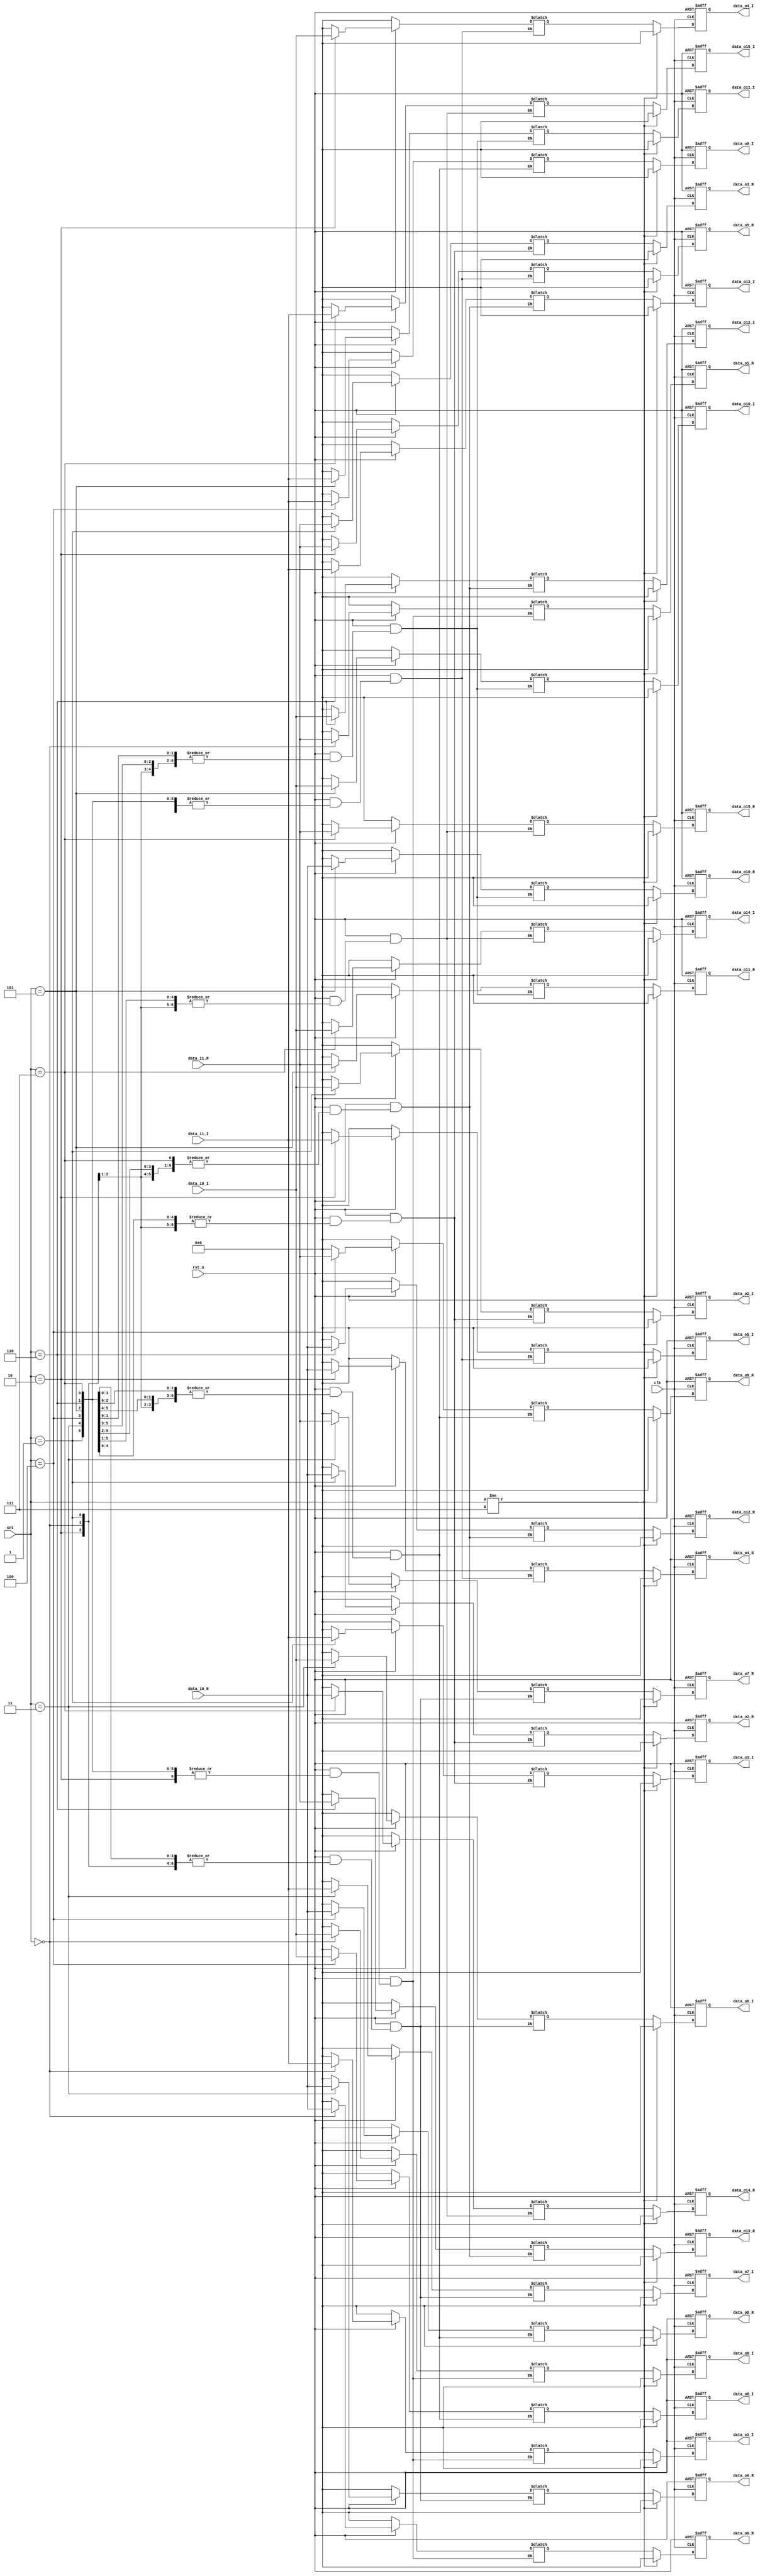
/*
*/

module ser2par(
	input wire			clk,
	input wire			rst_n,
	input wire[3:0]		cnt,
	input wire[16:0]	data_i0_R,
	input wire[16:0]	data_i0_I,
	input wire[16:0]	data_i1_R,
	input wire[16:0]	data_i1_I,
	
	output reg[16:0]	data_o0_R,
	output reg[16:0]	data_o0_I,
	output reg[16:0]	data_o1_R,
	output reg[16:0]	data_o1_I,
	output reg[16:0]	data_o2_R,
	output reg[16:0]	data_o2_I,
	output reg[16:0]	data_o3_R,
	output reg[16:0]	data_o3_I,
	output reg[16:0]	data_o4_R,
	output reg[16:0]	data_o4_I,
	output reg[16:0]	data_o5_R,
	output reg[16:0]	data_o5_I,
	output reg[16:0]	data_o6_R,
	output reg[16:0]	data_o6_I,
	output reg[16:0]	data_o7_R,
	output reg[16:0]	data_o7_I,
	output reg[16:0]	data_o8_R,
	output reg[16:0]	data_o8_I,
	output reg[16:0]	data_o9_R,
	output reg[16:0]	data_o9_I,
	output reg[16:0]	data_o10_R,
	output reg[16:0]	data_o10_I,
	output reg[16:0]	data_o11_R,
	output reg[16:0]	data_o11_I,
	output reg[16:0]	data_o12_R,
	output reg[16:0]	data_o12_I,
	output reg[16:0]	data_o13_R,
	output reg[16:0]	data_o13_I,
	output reg[16:0]	data_o14_R,
	output reg[16:0]	data_o14_I,
	output reg[16:0]	data_o15_R,
	output reg[16:0]	data_o15_I
);

	reg[16:0]  data[0:31];
	
	always@(cnt)
	begin
		if(!rst_n) begin
			data[0] = 17'b0;
			data[1] = 17'b0;
			data[2] = 17'b0;
			data[3] = 17'b0;
			data[4] = 17'b0;
			data[5] = 17'b0;
			data[6] = 17'b0;
			data[7] = 17'b0;
			data[8] = 17'b0;
			data[9] = 17'b0;
			data[10] = 17'b0;
			data[11] = 17'b0;
			data[12] = 17'b0;
			data[13] = 17'b0;
			data[14] = 17'b0;
			data[15] = 17'b0;
			data[16] = 17'b0;
			data[17] = 17'b0;
			data[18] = 17'b0;
			data[19] = 17'b0;
			data[20] = 17'b0;
			data[21] = 17'b0;
			data[22] = 17'b0;
			data[23] = 17'b0;
			data[24] = 17'b0;
			data[25] = 17'b0;
			data[26] = 17'b0;
			data[27] = 17'b0;
			data[28] = 17'b0;
			data[29] = 17'b0;
			data[30] = 17'b0;
			data[31] = 17'b0;
		end
		else begin
			case(cnt)
			4'b0:
			begin
				data[0] = data_i0_R;
				data[1] = data_i0_I;
				data[2] = data_i1_R;
				data[3] = data_i1_I;
				data[4] = data[4];
				data[5] = data[5];
				data[6] = data[6];
				data[7] = data[7];
				data[8] = data[8];
				data[9] = data[9];
				data[10] = data[10];
				data[11] = data[11];
				data[12] = data[12];
				data[13] = data[13];
				data[14] = data[14];
				data[15] = data[15];
				data[16] = data[16];
				data[17] = data[17];
				data[18] = data[18];
				data[19] = data[19];
				data[20] = data[20];
				data[21] = data[21];
				data[22] = data[22];
				data[23] = data[23];
				data[24] = data[24];
				data[25] = data[25];
				data[26] = data[26];
				data[27] = data[27];
				data[28] = data[28];
				data[29] = data[29];
				data[30] = data[30];
				data[31] = data[31];
			end
			4'b0001:
			begin
				data[0] = data[0];
				data[1] = data[1];
				data[2] = data[2];
				data[3] = data[3];
				data[4] = data_i0_R;
				data[5] = data_i0_I;
				data[6] = data_i1_R;
				data[7] = data_i1_I;
				data[8] = data[8];
				data[9] = data[9];
				data[10] = data[10];
				data[11] = data[11];
				data[12] = data[12];
				data[13] = data[13];
				data[14] = data[14];
				data[15] = data[15];
				data[16] = data[16];
				data[17] = data[17];
				data[18] = data[18];
				data[19] = data[19];
				data[20] = data[20];
				data[21] = data[21];
				data[22] = data[22];
				data[23] = data[23];
				data[24] = data[24];
				data[25] = data[25];
				data[26] = data[26];
				data[27] = data[27];
				data[28] = data[28];
				data[29] = data[29];
				data[30] = data[30];
				data[31] = data[31];
			end
			4'b0010:
			begin
				data[0] = data[0];
				data[1] = data[1];
				data[2] = data[2];
				data[3] = data[3];
				data[4] = data[4];
				data[5] = data[5];
				data[6] = data[6];
				data[7] = data[7];
				data[8] = data_i0_R;			
				data[9] = data_i0_I;
				data[10] = data_i1_R;
				data[11] = data_i1_I;
				data[12] = data[12];
				data[13] = data[13];
				data[14] = data[14];
				data[15] = data[15];
				data[16] = data[16];
				data[17] = data[17];
				data[18] = data[18];
				data[19] = data[19];
				data[20] = data[20];
				data[21] = data[21];
				data[22] = data[22];
				data[23] = data[23];
				data[24] = data[24];
				data[25] = data[25];
				data[26] = data[26];
				data[27] = data[27];
				data[28] = data[28];
				data[29] = data[29];
				data[30] = data[30];
				data[31] = data[31];
			end
			4'b0011:
			begin
				data[0] = data[0];
				data[1] = data[1];
				data[2] = data[2];
				data[3] = data[3];
				data[4] = data[4];
				data[5] = data[5];
				data[6] = data[6];
				data[7] = data[7];
				data[8] = data[8];
				data[9] = data[9];
				data[10] = data[10];
				data[11] = data[11];
				data[12] = data_i0_R;			
				data[13] = data_i0_I;
				data[14] = data_i1_R;
				data[15] = data_i1_I;
				data[16] = data[16];
				data[17] = data[17];
				data[18] = data[18];
				data[19] = data[19];
				data[20] = data[20];
				data[21] = data[21];
				data[22] = data[22];
				data[23] = data[23];
				data[24] = data[24];
				data[25] = data[25];
				data[26] = data[26];
				data[27] = data[27];
				data[28] = data[28];
				data[29] = data[29];
				data[30] = data[30];
				data[31] = data[31];
			end
			4'b0100:
			begin
				data[0] = data[0];
				data[1] = data[1];
				data[2] = data[2];
				data[3] = data[3];
				data[4] = data[4];
				data[5] = data[5];
				data[6] = data[6];
				data[7] = data[7];
				data[8] = data[8];
				data[9] = data[9];
				data[10] = data[10];
				data[11] = data[11];
				data[12] = data[12];
				data[13] = data[13];
				data[14] = data[14];
				data[15] = data[15];
				data[16] = data_i0_R;
				data[17] = data_i0_I;
				data[18] = data_i1_R;
				data[19] = data_i1_I;
				data[20] = data[20];
				data[21] = data[21];
				data[22] = data[22];
				data[23] = data[23];
				data[24] = data[24];
				data[25] = data[25];
				data[26] = data[26];
				data[27] = data[27];
				data[28] = data[28];
				data[29] = data[29];
				data[30] = data[30];
				data[31] = data[31];
			end
			4'b0101:
			begin
				data[0] = data[0];
				data[1] = data[1];
				data[2] = data[2];
				data[3] = data[3];
				data[4] = data[4];
				data[5] = data[5];
				data[6] = data[6];
				data[7] = data[7];
				data[8] = data[8];
				data[9] = data[9];
				data[10] = data[10];
				data[11] = data[11];
				data[12] = data[12];
				data[13] = data[13];
				data[14] = data[14];
				data[15] = data[15];
				data[16] = data[16];
				data[17] = data[17];
				data[18] = data[18];
				data[19] = data[19];
				data[20] = data_i0_R;
				data[21] = data_i0_I;
				data[22] = data_i1_R;
				data[23] = data_i1_I;
				data[24] = data[24];
				data[25] = data[25];
				data[26] = data[26];
				data[27] = data[27];
				data[28] = data[28];
				data[29] = data[29];
				data[30] = data[30];
				data[31] = data[31];
			end
			4'b0110:
			begin
				data[0] = data[0];
				data[1] = data[1];
				data[2] = data[2];
				data[3] = data[3];
				data[4] = data[4];
				data[5] = data[5];
				data[6] = data[6];
				data[7] = data[7];
				data[8] = data[8];
				data[9] = data[9];
				data[10] = data[10];
				data[11] = data[11];
				data[12] = data[12];
				data[13] = data[13];
				data[14] = data[14];
				data[15] = data[15];
				data[16] = data[16];
				data[17] = data[17];
				data[18] = data[18];
				data[19] = data[19];
				data[20] = data[20];
				data[21] = data[21];
				data[22] = data[22];
				data[23] = data[23];
				data[24] = data_i0_R;
				data[25] = data_i0_I;
				data[26] = data_i1_R;
				data[27] = data_i1_I;	
				data[28] = data[28];
				data[29] = data[29];
				data[30] = data[30];
				data[31] = data[31];		
			end
			4'b0111:
			begin
				data[0] = data[0];
				data[1] = data[1];
				data[2] = data[2];
				data[3] = data[3];
				data[4] = data[4];
				data[5] = data[5];
				data[6] = data[6];
				data[7] = data[7];
				data[8] = data[8];
				data[9] = data[9];
				data[10] = data[10];
				data[11] = data[11];
				data[12] = data[12];
				data[13] = data[13];
				data[14] = data[14];
				data[15] = data[15];
				data[16] = data[16];
				data[17] = data[17];
				data[18] = data[18];
				data[19] = data[19];
				data[20] = data[20];
				data[21] = data[21];
				data[22] = data[22];
				data[23] = data[23];
				data[24] = data[24];
				data[25] = data[25];
				data[26] = data[26];
				data[27] = data[27];
				data[28] = data_i0_R;
				data[29] = data_i0_I;
				data[30] = data_i1_R;
				data[31] = data_i1_I;			
			end
			default:
			begin
				data[0] = 17'b0;
				data[1] = 17'b0;
				data[2] = 17'b0;
				data[3] = 17'b0;
				data[4] = 17'b0;
				data[5] = 17'b0;
				data[6] = 17'b0;
				data[7] = 17'b0;
				data[8] = 17'b0;
				data[9] = 17'b0;
				data[10] = 17'b0;
				data[11] = 17'b0;
				data[12] = 17'b0;
				data[13] = 17'b0;
				data[14] = 17'b0;
				data[15] = 17'b0;
				data[16] = 17'b0;
				data[17] = 17'b0;
				data[18] = 17'b0;
				data[19] = 17'b0;
				data[20] = 17'b0;
				data[21] = 17'b0;
				data[22] = 17'b0;
				data[23] = 17'b0;
				data[24] = 17'b0;
				data[25] = 17'b0;
				data[26] = 17'b0;
				data[27] = 17'b0;
				data[28] = 17'b0;
				data[29] = 17'b0;
				data[30] = 17'b0;
				data[31] = 17'b0;
			end
			endcase
		end
	end
	
	/*always@(posedge clk or negedge rst_n)
	begin
		if(!rst_n) begin
			data[0] <= 17'b0;
			data[1] <= 17'b0;
			data[2] <= 17'b0;
			data[3] <= 17'b0;
			data[4] <= 17'b0;
			data[5] <= 17'b0;
			data[6] <= 17'b0;
			data[7] <= 17'b0;
			data[8] <= 17'b0;
			data[9] <= 17'b0;
			data[10] <= 17'b0;
			data[11] <= 17'b0;
			data[12] <= 17'b0;
			data[13] <= 17'b0;
			data[14] <= 17'b0;
			data[15] <= 17'b0;
			data[16] <= 17'b0;
			data[17] <= 17'b0;
			data[18] <= 17'b0;
			data[19] <= 17'b0;
			data[20] <= 17'b0;
			data[21] <= 17'b0;
			data[22] <= 17'b0;
			data[23] <= 17'b0;
			data[24] <= 17'b0;
			data[25] <= 17'b0;
			data[26] <= 17'b0;
			data[27] <= 17'b0;
			data[28] <= 17'b0;
			data[29] <= 17'b0;
			data[30] <= 17'b0;
			data[31] <= 17'b0;
		end
		else begin
			case(cnt)
			4'b0:
			begin
				data[0] <= data_i0_R;
				data[1] <= data_i0_I;
				data[2] <= data_i1_R;
				data[3] <= data_i1_I;
				data[4] <= data[4];
				data[5] <= data[5];
				data[6] <= data[6];
				data[7] <= data[7];
				data[8] <= data[8];
				data[9] <= data[9];
				data[10] <= data[10];
				data[11] <= data[11];
				data[12] <= data[12];
				data[13] <= data[13];
				data[14] <= data[14];
				data[15] <= data[15];
				data[16] <= data[16];
				data[17] <= data[17];
				data[18] <= data[18];
				data[19] <= data[19];
				data[20] <= data[20];
				data[21] <= data[21];
				data[22] <= data[22];
				data[23] <= data[23];
				data[24] <= data[24];
				data[25] <= data[25];
				data[26] <= data[26];
				data[27] <= data[27];
				data[28] <= data[28];
				data[29] <= data[29];
				data[30] <= data[30];
				data[31] <= data[31];
			end
			4'b0001:
			begin
				data[0] <= data[0];
				data[1] <= data[1];
				data[2] <= data[2];
				data[3] <= data[3];
				data[4] <= data_i0_R;
				data[5] <= data_i0_I;
				data[6] <= data_i1_R;
				data[7] <= data_i1_I;
				data[8] <= data[8];
				data[9] <= data[9];
				data[10] <= data[10];
				data[11] <= data[11];
				data[12] <= data[12];
				data[13] <= data[13];
				data[14] <= data[14];
				data[15] <= data[15];
				data[16] <= data[16];
				data[17] <= data[17];
				data[18] <= data[18];
				data[19] <= data[19];
				data[20] <= data[20];
				data[21] <= data[21];
				data[22] <= data[22];
				data[23] <= data[23];
				data[24] <= data[24];
				data[25] <= data[25];
				data[26] <= data[26];
				data[27] <= data[27];
				data[28] <= data[28];
				data[29] <= data[29];
				data[30] <= data[30];
				data[31] <= data[31];
			end
			4'b0010:
			begin
				data[0] <= data[0];
				data[1] <= data[1];
				data[2] <= data[2];
				data[3] <= data[3];
				data[4] <= data[4];
				data[5] <= data[5];
				data[6] <= data[6];
				data[7] <= data[7];
				data[8] <= data_i0_R;			
				data[9] <= data_i0_I;
				data[10] <= data_i1_R;
				data[11] <= data_i1_I;
				data[12] <= data[12];
				data[13] <= data[13];
				data[14] <= data[14];
				data[15] <= data[15];
				data[16] <= data[16];
				data[17] <= data[17];
				data[18] <= data[18];
				data[19] <= data[19];
				data[20] <= data[20];
				data[21] <= data[21];
				data[22] <= data[22];
				data[23] <= data[23];
				data[24] <= data[24];
				data[25] <= data[25];
				data[26] <= data[26];
				data[27] <= data[27];
				data[28] <= data[28];
				data[29] <= data[29];
				data[30] <= data[30];
				data[31] <= data[31];
			end
			4'b0011:
			begin
				data[0] <= data[0];
				data[1] <= data[1];
				data[2] <= data[2];
				data[3] <= data[3];
				data[4] <= data[4];
				data[5] <= data[5];
				data[6] <= data[6];
				data[7] <= data[7];
				data[8] <= data[8];
				data[9] <= data[9];
				data[10] <= data[10];
				data[11] <= data[11];
				data[12] <= data_i0_R;			
				data[13] <= data_i0_I;
				data[14] <= data_i1_R;
				data[15] <= data_i1_I;
				data[16] <= data[16];
				data[17] <= data[17];
				data[18] <= data[18];
				data[19] <= data[19];
				data[20] <= data[20];
				data[21] <= data[21];
				data[22] <= data[22];
				data[23] <= data[23];
				data[24] <= data[24];
				data[25] <= data[25];
				data[26] <= data[26];
				data[27] <= data[27];
				data[28] <= data[28];
				data[29] <= data[29];
				data[30] <= data[30];
				data[31] <= data[31];
			end
			4'b0100:
			begin
				data[0] <= data[0];
				data[1] <= data[1];
				data[2] <= data[2];
				data[3] <= data[3];
				data[4] <= data[4];
				data[5] <= data[5];
				data[6] <= data[6];
				data[7] <= data[7];
				data[8] <= data[8];
				data[9] <= data[9];
				data[10] <= data[10];
				data[11] <= data[11];
				data[12] <= data[12];
				data[13] <= data[13];
				data[14] <= data[14];
				data[15] <= data[15];
				data[16] <= data_i0_R;
				data[17] <= data_i0_I;
				data[18] <= data_i1_R;
				data[19] <= data_i1_I;
				data[20] <= data[20];
				data[21] <= data[21];
				data[22] <= data[22];
				data[23] <= data[23];
				data[24] <= data[24];
				data[25] <= data[25];
				data[26] <= data[26];
				data[27] <= data[27];
				data[28] <= data[28];
				data[29] <= data[29];
				data[30] <= data[30];
				data[31] <= data[31];
			end
			4'b0101:
			begin
				data[0] <= data[0];
				data[1] <= data[1];
				data[2] <= data[2];
				data[3] <= data[3];
				data[4] <= data[4];
				data[5] <= data[5];
				data[6] <= data[6];
				data[7] <= data[7];
				data[8] <= data[8];
				data[9] <= data[9];
				data[10] <= data[10];
				data[11] <= data[11];
				data[12] <= data[12];
				data[13] <= data[13];
				data[14] <= data[14];
				data[15] <= data[15];
				data[16] <= data[16];
				data[17] <= data[17];
				data[18] <= data[18];
				data[19] <= data[19];
				data[20] <= data_i0_R;
				data[21] <= data_i0_I;
				data[22] <= data_i1_R;
				data[23] <= data_i1_I;
				data[24] <= data[24];
				data[25] <= data[25];
				data[26] <= data[26];
				data[27] <= data[27];
				data[28] <= data[28];
				data[29] <= data[29];
				data[30] <= data[30];
				data[31] <= data[31];
			end
			4'b0110:
			begin
				data[0] <= data[0];
				data[1] <= data[1];
				data[2] <= data[2];
				data[3] <= data[3];
				data[4] <= data[4];
				data[5] <= data[5];
				data[6] <= data[6];
				data[7] <= data[7];
				data[8] <= data[8];
				data[9] <= data[9];
				data[10] <= data[10];
				data[11] <= data[11];
				data[12] <= data[12];
				data[13] <= data[13];
				data[14] <= data[14];
				data[15] <= data[15];
				data[16] <= data[16];
				data[17] <= data[17];
				data[18] <= data[18];
				data[19] <= data[19];
				data[20] <= data[20];
				data[21] <= data[21];
				data[22] <= data[22];
				data[23] <= data[23];
				data[24] <= data_i0_R;
				data[25] <= data_i0_I;
				data[26] <= data_i1_R;
				data[27] <= data_i1_I;	
				data[28] <= data[28];
				data[29] <= data[29];
				data[30] <= data[30];
				data[31] <= data[31];		
			end
			4'b0111:
			begin
				data[0] <= data[0];
				data[1] <= data[1];
				data[2] <= data[2];
				data[3] <= data[3];
				data[4] <= data[4];
				data[5] <= data[5];
				data[6] <= data[6];
				data[7] <= data[7];
				data[8] <= data[8];
				data[9] <= data[9];
				data[10] <= data[10];
				data[11] <= data[11];
				data[12] <= data[12];
				data[13] <= data[13];
				data[14] <= data[14];
				data[15] <= data[15];
				data[16] <= data[16];
				data[17] <= data[17];
				data[18] <= data[18];
				data[19] <= data[19];
				data[20] <= data[20];
				data[21] <= data[21];
				data[22] <= data[22];
				data[23] <= data[23];
				data[24] <= data[24];
				data[25] <= data[25];
				data[26] <= data[26];
				data[27] <= data[27];
				data[28] <= data_i0_R;
				data[29] <= data_i0_I;
				data[30] <= data_i1_R;
				data[31] <= data_i1_I;			
			end
			default:
			begin
				data[0] <= 17'b0;
				data[1] <= 17'b0;
				data[2] <= 17'b0;
				data[3] <= 17'b0;
				data[4] <= 17'b0;
				data[5] <= 17'b0;
				data[6] <= 17'b0;
				data[7] <= 17'b0;
				data[8] <= 17'b0;
				data[9] <= 17'b0;
				data[10] <= 17'b0;
				data[11] <= 17'b0;
				data[12] <= 17'b0;
				data[13] <= 17'b0;
				data[14] <= 17'b0;
				data[15] <= 17'b0;
				data[16] <= 17'b0;
				data[17] <= 17'b0;
				data[18] <= 17'b0;
				data[19] <= 17'b0;
				data[20] <= 17'b0;
				data[21] <= 17'b0;
				data[22] <= 17'b0;
				data[23] <= 17'b0;
				data[24] <= 17'b0;
				data[25] <= 17'b0;
				data[26] <= 17'b0;
				data[27] <= 17'b0;
				data[28] <= 17'b0;
				data[29] <= 17'b0;
				data[30] <= 17'b0;
				data[31] <= 17'b0;
			end
			endcase
		end
	end*/
	
	always@(posedge clk or negedge rst_n)
	begin
		if(!rst_n) begin
			data_o0_R <= 17'b0;
			data_o0_I <= 17'b0;
			data_o1_R <= 17'b0;
			data_o1_I <= 17'b0;
			data_o2_R <= 17'b0;
			data_o2_I <= 17'b0;
			data_o3_R <= 17'b0;
			data_o3_I <= 17'b0;
			data_o4_R <= 17'b0;
			data_o4_I <= 17'b0;
			data_o5_R <= 17'b0;
			data_o5_I <= 17'b0;
			data_o6_R <= 17'b0;
			data_o6_I <= 17'b0;
			data_o7_R <= 17'b0;
			data_o7_I <= 17'b0;
			data_o8_R <= 17'b0;
			data_o8_I <= 17'b0;
			data_o9_R <= 17'b0;
			data_o9_I <= 17'b0;
			data_o10_R <= 17'b0;
			data_o10_I <= 17'b0;
			data_o11_R <= 17'b0;
			data_o11_I <= 17'b0;
			data_o12_R <= 17'b0;
			data_o12_I <= 17'b0;
			data_o13_R <= 17'b0;
			data_o13_I <= 17'b0;
			data_o14_R <= 17'b0;
			data_o14_I <= 17'b0;
			data_o15_R <= 17'b0;
			data_o15_I <= 17'b0;
		end
		else if(cnt != 4'b0111) begin
			data_o0_R <= 17'b0;
			data_o0_I <= 17'b0;
			data_o1_R <= 17'b0;
			data_o1_I <= 17'b0;
			data_o2_R <= 17'b0;
			data_o2_I <= 17'b0;
			data_o3_R <= 17'b0;
			data_o3_I <= 17'b0;
			data_o4_R <= 17'b0;
			data_o4_I <= 17'b0;
			data_o5_R <= 17'b0;
			data_o5_I <= 17'b0;
			data_o6_R <= 17'b0;
			data_o6_I <= 17'b0;
			data_o7_R <= 17'b0;
			data_o7_I <= 17'b0;
			data_o8_R <= 17'b0;
			data_o8_I <= 17'b0;
			data_o9_R <= 17'b0;
			data_o9_I <= 17'b0;
			data_o10_R <= 17'b0;
			data_o10_I <= 17'b0;
			data_o11_R <= 17'b0;
			data_o11_I <= 17'b0;
			data_o12_R <= 17'b0;
			data_o12_I <= 17'b0;
			data_o13_R <= 17'b0;
			data_o13_I <= 17'b0;
			data_o14_R <= 17'b0;
			data_o14_I <= 17'b0;
			data_o15_R <= 17'b0;
			data_o15_I <= 17'b0;
		end
		else begin
			data_o0_R <= data[0];
			data_o0_I <= data[1];
			data_o1_R <= data[2];
			data_o1_I <= data[3];
			data_o2_R <= data[4];
			data_o2_I <= data[5];
			data_o3_R <= data[6];
			data_o3_I <= data[7];
			data_o4_R <= data[8];
			data_o4_I <= data[9];
			data_o5_R <= data[10];
			data_o5_I <= data[11];
			data_o6_R <= data[12];
			data_o6_I <= data[13];
			data_o7_R <= data[14];
			data_o7_I <= data[15];
			data_o8_R <= data[16];
			data_o8_I <= data[17];
			data_o9_R <= data[18];
			data_o9_I <= data[19];
			data_o10_R <= data[20];
			data_o10_I <= data[21];
			data_o11_R <= data[22];
			data_o11_I <= data[23];
			data_o12_R <= data[24];
			data_o12_I <= data[25];
			data_o13_R <= data[26];
			data_o13_I <= data[27];
			data_o14_R <= data[28];
			data_o14_I <= data[29];
			data_o15_R <= data[30];
			data_o15_I <= data[31];
		end
	end
	
endmodule